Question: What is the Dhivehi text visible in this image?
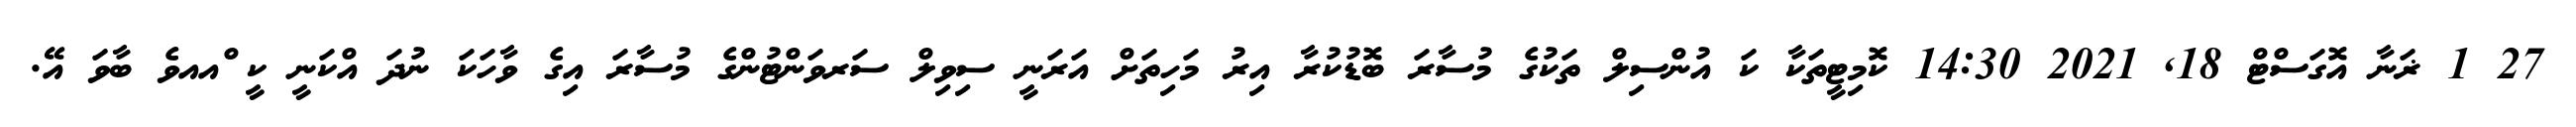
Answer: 27 1 ޜަނާ އޮގަސްޓް 18, 2021 14:30 ކޮމިޓީތަކާ ކަ އުންސިލް ތަކުގެ މުސާރަ ބޮޑުކުރާ އިރު މަހިތަށް އަރަނީ ސިވިލް ސަރވަންޓުންގެ މުސާރަ އިގެ ވާހަކަ ނުދަ އްކަނީ ކީ ްއއވެ ބާވަ އޭ.